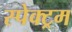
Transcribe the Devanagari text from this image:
स्पेक्‍ट्रम